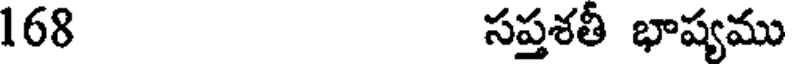
168 సప్తశతీ భాష్యము